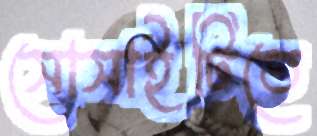
সোসাইটিতে